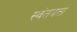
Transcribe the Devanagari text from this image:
स्‍वंतत्रता